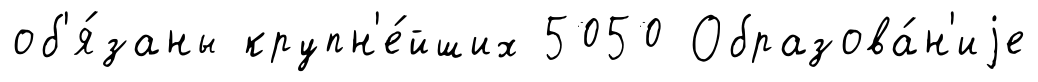
об'я́заны крупн'е́йших 5050 Образова́н'иjе